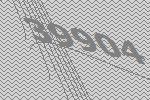
39904